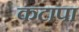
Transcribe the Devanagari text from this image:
कटापा